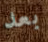
بعد